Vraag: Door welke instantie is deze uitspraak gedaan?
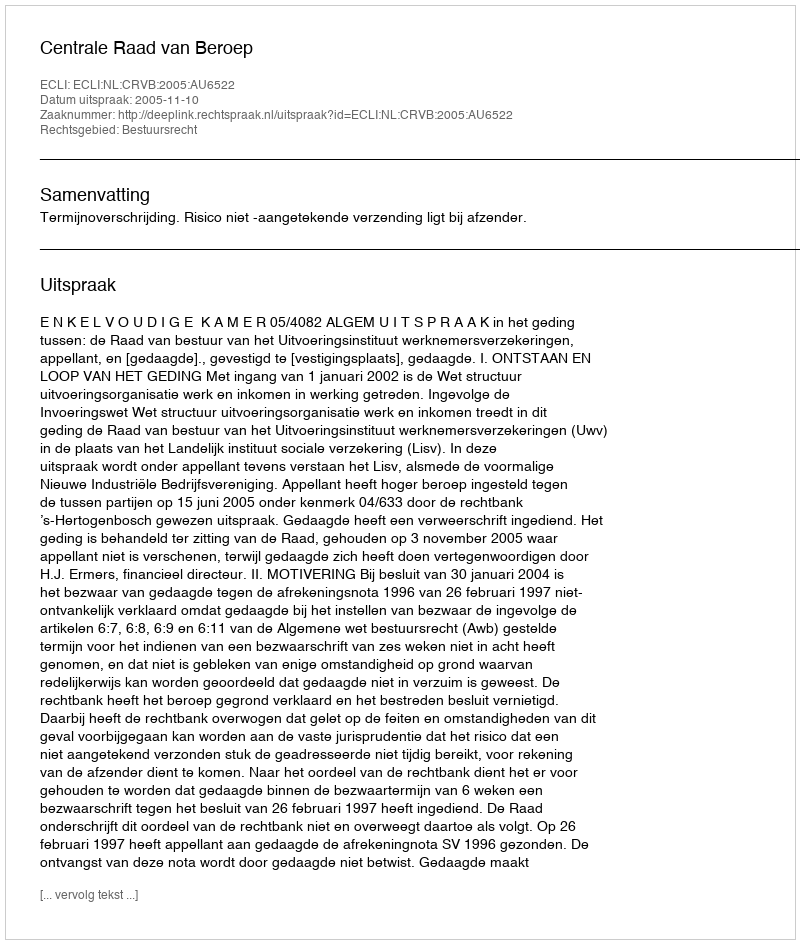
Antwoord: Centrale Raad van Beroep